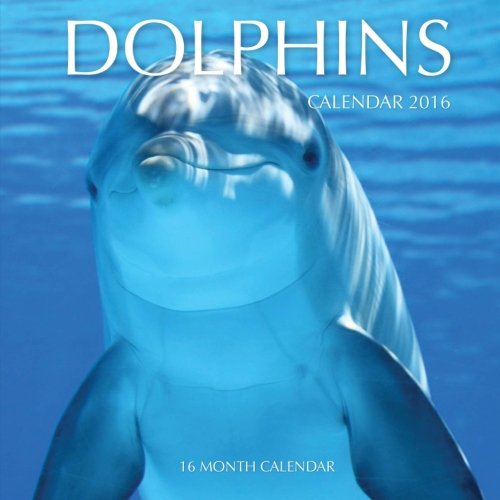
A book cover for Dolphins Calendar 2016: 16 Month Calendar; Jack Smith; Calendars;